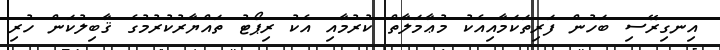
އިނގިރޭސި ބަހުން ފަރިތަކަމާއިއެކު މުޢާމަލާތް ކުރުމާއި އެކު ރިޕޯޓު ތައްޔާރުކުރުމުގެ ޤާބިލުކަން ހުރި